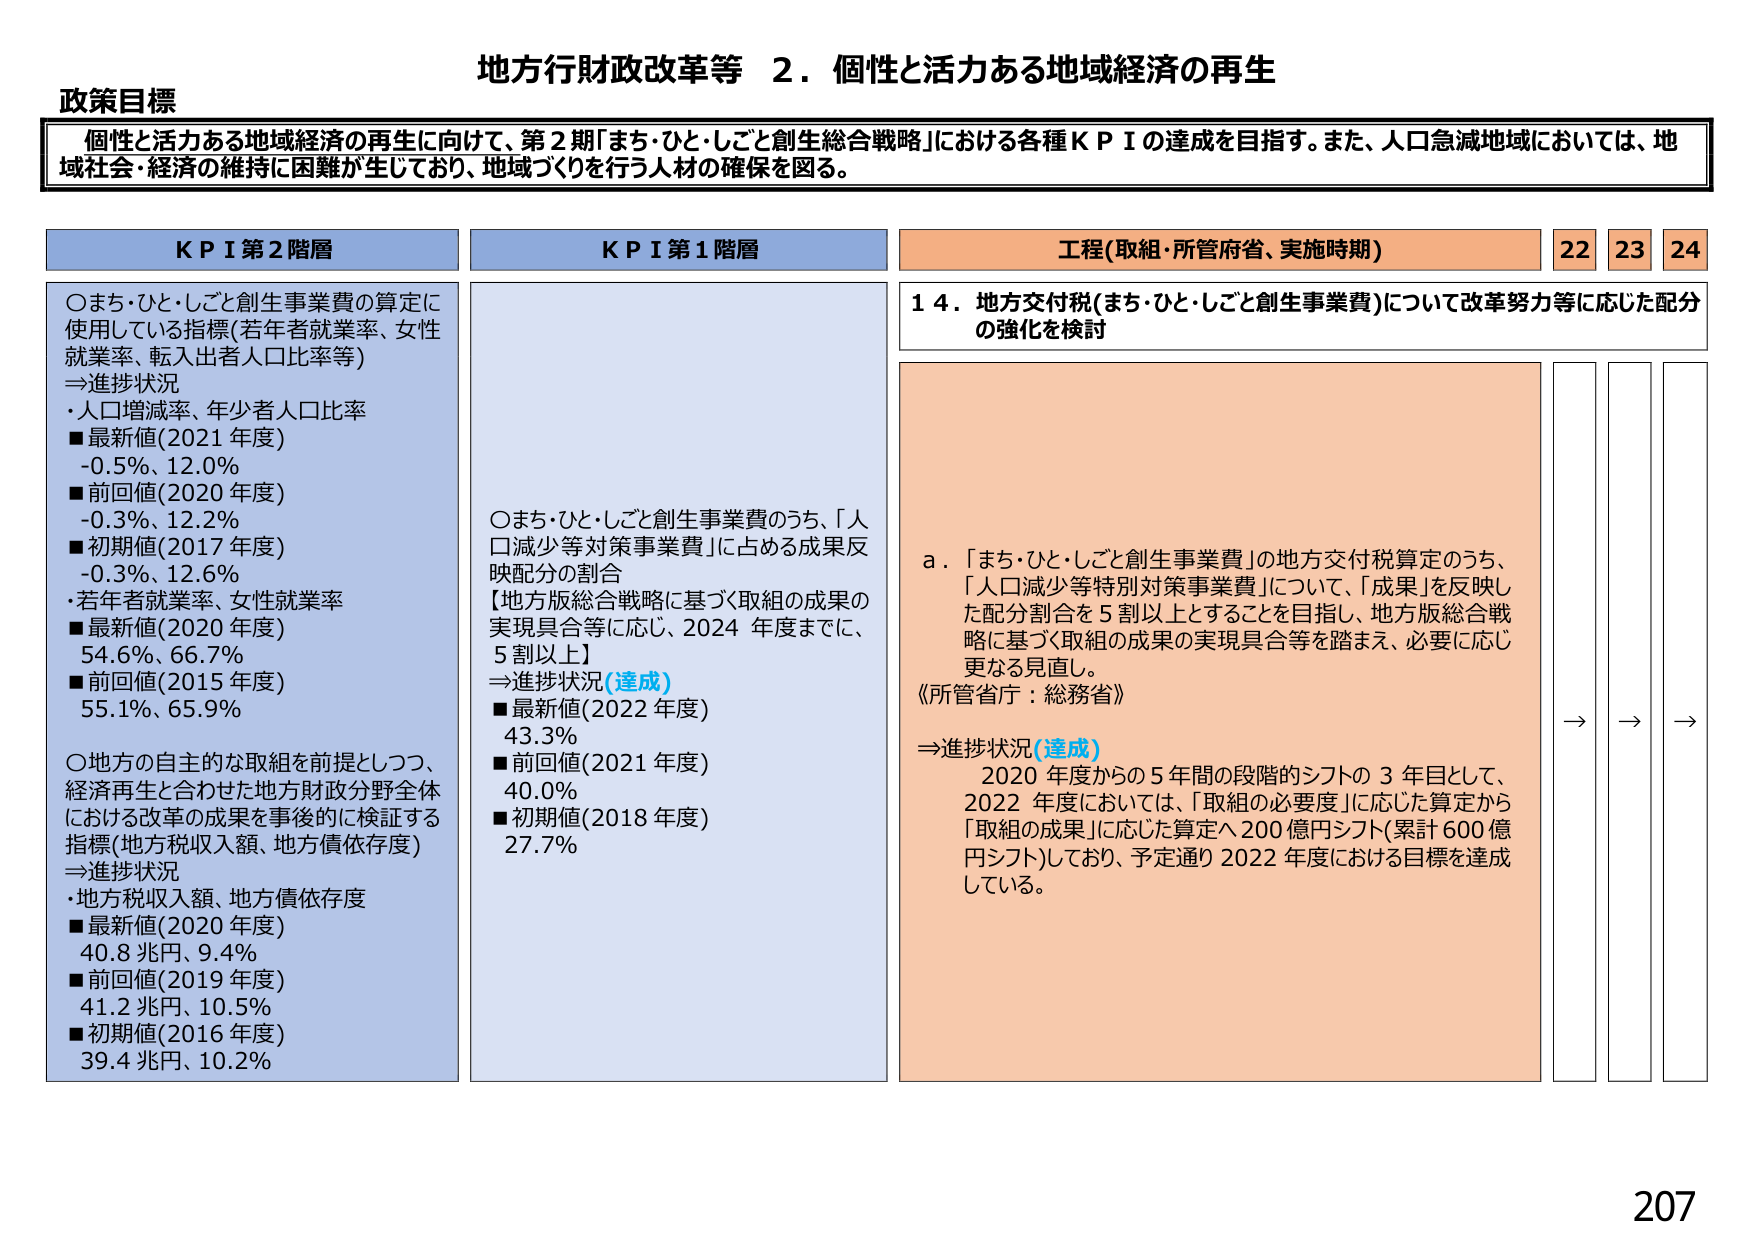
地方行財政改革等　２．個性と活力ある地域経済の再生

政策目標
個性と活力ある地域経済の再生に向けて、第２期「まち・ひと・しごと創生総合戦略」における各種ＫＰＩの達成を目指す。また、人口急減地域においては、地域社会・経済の維持に困難が生じており、地域づくりを行う人材の確保を図る。

ＫＰＩ第２階層
○まち・ひと・しごと創生事業費の算定に使用している指標（若年者就業率、女性就業率、転入出者人口比率等）
⇒進捗状況
・人口増減率、年少者人口比率
■最新値（2021年度）
-0.5％、12.0％
■前回値（2020年度）
-0.3％、12.2％
■初期値（2017年度）
-0.3％、12.6％
・若年者就業率、女性就業率
■最新値（2020年度）
54.6％、66.7％
■前回値（2015年度）
55.1％、65.9％
○地方の自主的な取組を前提としつつ、経済再生と合わせた地方財政分野全体における改革の成果を事後的に検証する指標（地方税収入額、地方債依存度）
⇒進捗状況
・地方税収入額、地方債依存度
■最新値（2020年度）
40.8兆円、9.4％
■前回値（2019年度）
41.2兆円、10.5％
■初期値（2016年度）
39.4兆円、10.2％

ＫＰＩ第１階層
○まち・ひと・しごと創生事業費のうち、「人口減少等対策事業費」に占める成果反映配分の割合
【地方版総合戦略に基づく取組の成果の実現具合等に応じ、2024年度までに、5割以上】
⇒進捗状況（達成）
■最新値（2022年度）
43.3％
■前回値（2021年度）
40.0％
■初期値（2018年度）
27.7％

工程（取組・所管府省、実施時期）　22　23　24
１４．地方交付税（まち・ひと・しごと創生事業費）について改革努力等に応じた配分の強化を検討

ａ．「まち・ひと・しごと創生事業費」の地方交付税算定のうち、「人口減少等特別対策事業費」について、「成果」を反映した配分割合を5割以上とすることを目指し、地方版総合戦略に基づく取組の成果の実現具合等を踏まえ、必要に応じ更なる見直し。
《所管省庁：総務省》
⇒進捗状況（達成）
2020年度からの5年間の段階的シフトの3年目として、2022年度においては、「取組の必要度」に応じた算定から「取組の成果」に応じた算定へ200億円シフト（累計600億円シフト）しており、予定通り2022年度における目標を達成している。

→　→　→

207